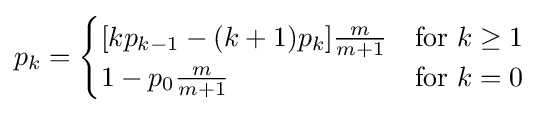
p_{k}={\begin{cases}[kp_{k-1}-(k+1)p_{k}]{\frac {m}{m+1}}&{\text{for }}k\geq 1\\1-p_{0}{\frac {m}{m+1}}&{\text{for }}k=0\end{cases}}